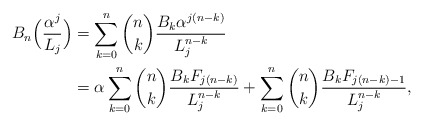
\begin{align*}B_n\Big(\frac{\alpha ^j}{L_j}\Big)& = \sum_{k = 0}^n {\binom nk\frac{{B_k\alpha ^{j(n - k)} }}{{L_j^{n - k} }}}\\&= \alpha \sum_{k = 0}^n \binom nk\frac{B_k F_{j(n - k)}}{L_j^{n - k}} + \sum_{k = 0}^n \binom nk\frac{B_k F_{j(n-k) - 1}}{L_j^{n - k}},\end{align*}